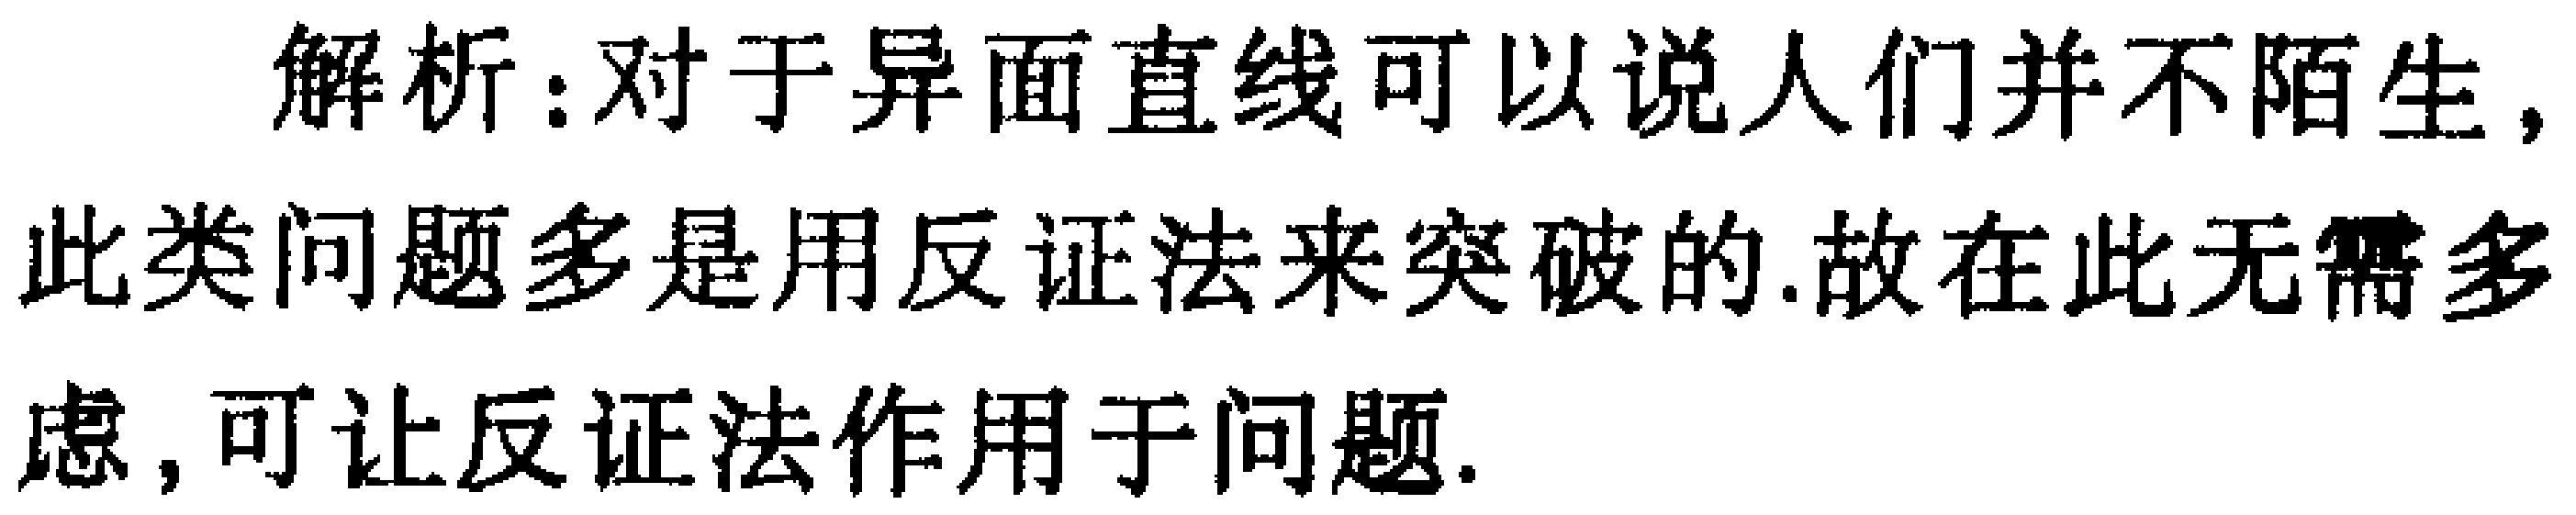
解析：对于异面直线可以说人们并不陌生，此类问题多是用反证法来突破的.故在此无需多虑，可让反证法作用于问题.